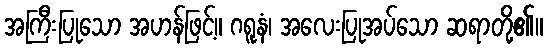
အကြီးပြုသော အဟန်ဖြင့်။ ဂရူနံ၊ အလေးပြုအပ်သော ဆရာတို့၏။